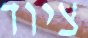
ציוד